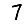
Digit: 7